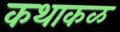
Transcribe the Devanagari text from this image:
कथाकळ